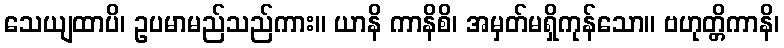
သေယျထာပိ၊ ဥပမာမည်သည်ကား။ ယာနိ ကာနိစိ၊ အမှတ်မရှိကုန်သော။ ဗဟုတ္တိကာနိ၊